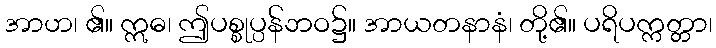
အာဟ၊ ၏။ ဣဓ၊ ဤပစ္စုပ္ပန်ဘဝ၌။ အာယတနာနံ၊ တို့၏။ ပရိပက္ကတ္တာ၊